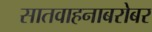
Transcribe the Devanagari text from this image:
सातवाहनाबरोबर